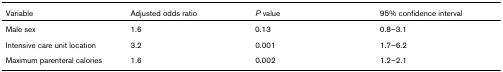
| Variable | Adjusted odds ratio | P value | 95% confidence interval |
 | --- | --- | --- | --- |
 | Male sex | 1.6 | 0.13 | 0.8–3.1 |
 | Intensive care unit location | 3.2 | 0.001 | 1.7–6.2 |
 | Maximum parenteral calories | 1.6 | 0.002 | 1.2–2.1 |